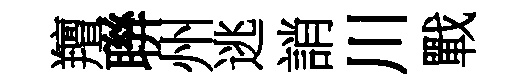
羶聨州逃誚川戰